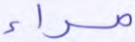
مراء